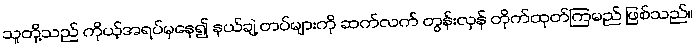
သူတို့သည် ကိုယ့်အရပ်မှနေ၍ နယ်ချဲ့ တပ်များကို ဆက်လက် တွန်းလှန် တိုက်ထုတ်ကြမည် ဖြစ်သည်။